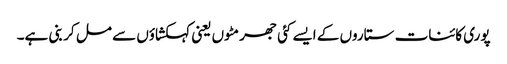
پوری کائنات ستاروں کے ایسے کئی جھرمٹوں یعنی کہکشاؤں سے مل کر بنی ہے۔